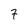
Character: 7